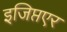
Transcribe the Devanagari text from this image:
इजिप्तएर